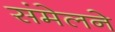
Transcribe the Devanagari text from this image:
संमेलनेे